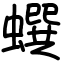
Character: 蟤